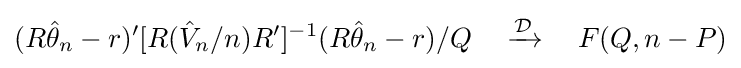
(R{\hat {\theta }}_{n}-r)'[R({\hat {V}}_{n}/n)R']^{-1}(R{\hat {\theta }}_{n}-r)/Q\quad \xrightarrow {\mathcal {D}} \quad F(Q,n-P)